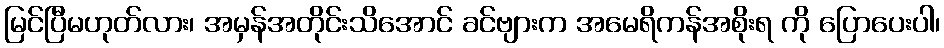
မြင်ပြီမဟုတ်လား၊ အမှန်အတိုင်းသိအောင် ခင်ဗျားက အမေရိကန်အစိုးရ ကို ပြောပေးပါ၊